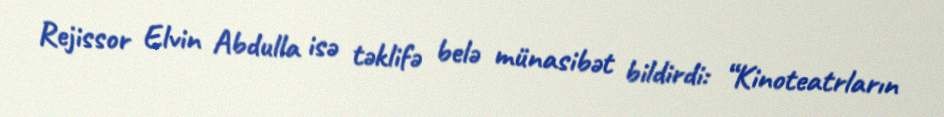
Rejissor Elvin Abdulla isə təklifə belə münasibət bildirdi: “Kinoteatrların